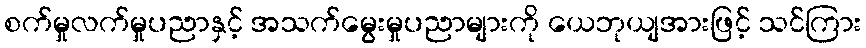
စက်မှုလက်မှုပညာနှင့် အသက်မွေးမှုပညာများကို ယေဘုယျအားဖြင့် သင်ကြား